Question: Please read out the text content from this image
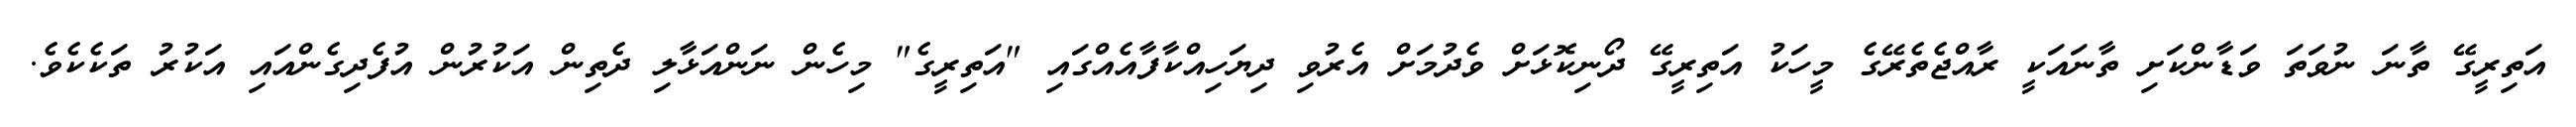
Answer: އަތިރީގޭ ތާނަ ނުވަތަ ވަޑާންކަށި ތާނައަކީ ރާއްޖެތެރޭގެ މީހަކު އަތިރީގޭ ދޯނިކޮޅަށް ވެދުމަށް އެރުވި ދިޔަހިއްކާފާއެއްގައި "އަތިރީގެ" މިހެން ނަންއަޅާލި ދެތިން އަކުރުން އުފެދިގެންއައި އަކުރު ތަކެކެވެ.